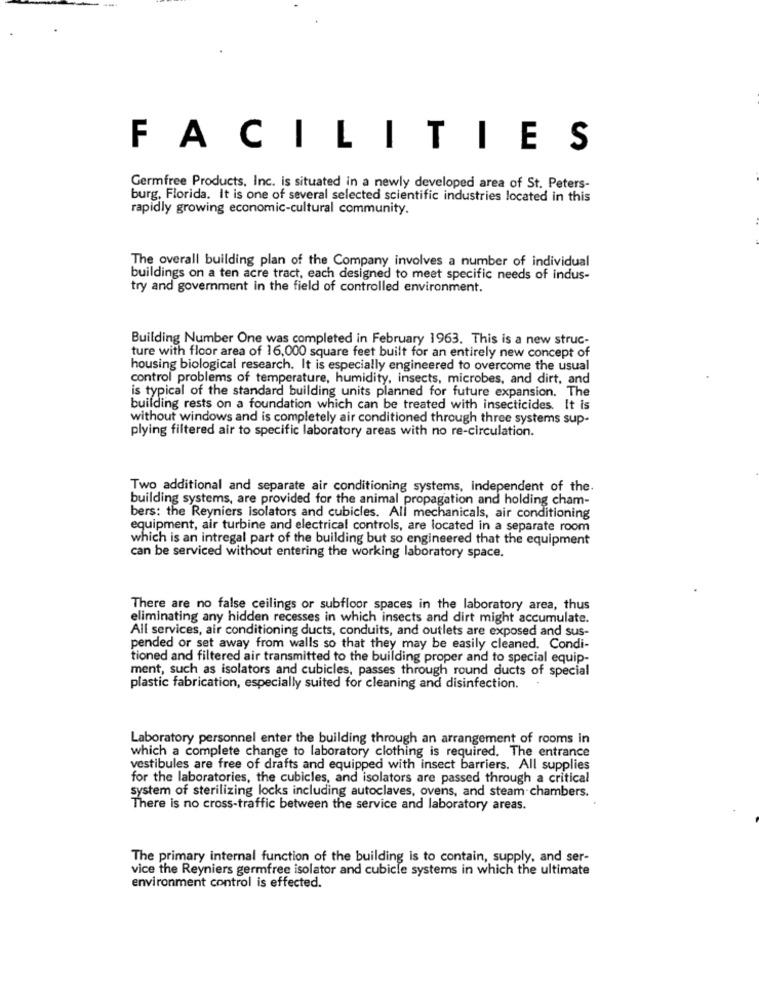
FACILITIES
Germfree Products, Inc. is situated in a newly developed area of St. Peters-
burg, Florida. It is one of several selected scientific industries located in this
rapidly growing economic-cultural community.
The overall building plan of the Company involves a number of individual
buildings on a ten acre tract, each designed to meet specific needs of indus-
try and government in the field of controlled environment.
Building Number One was completed in February 1963. This is a new struc-
ture with floor area of 16,000 square feet built for an entirely new concept of
housing biological research. It is especially engineered to overcome the usual
control problems of temperature, humidity, insects, microbes, and dirt, and
is typical of the standard building units planned for future expansion. The
building rests on a foundation which can be treated with insecticides. It is
without windows and is completely air conditioned through three systems sup-
plying filtered air to specific laboratory areas with no re-circulation.
Two additional and separate air conditioning systems, independent of the.
building systems, are provided for the animal propagation and holding cham-
bers: the Reyniers isolators and cubicles. All mechanicals, air conditioning
equipment, air turbine and electrical controls, are located in a separate room
which is an intregal part of the building but so engineered that the equipment
can be serviced without entering the working laboratory space.
There are no false ceilings or subfloor spaces in the laboratory area, thus
eliminating any hidden recesses in which insects and dirt might accumulate.
All services, air conditioning ducts, conduits, and outlets are exposed and sus-
pended or set away from walls so that they may be easily cleaned. Condi-
tioned and filtered air transmitted to the building proper and to special equip-
ment, such as isolators and cubicles, passes through round ducts of special
plastic fabrication, especially suited for cleaning and disinfection.
Laboratory personnel enter the building through an arrangement of rooms in
which a complete change to laboratory clothing is required. The entrance
vestibules are free of drafts and equipped with insect barriers. All supplies
for the laboratories, the cubicles, and isolators are passed through a critical
system of sterilizing locks including autoclaves, ovens, and steam chambers.
There is no cross-traffic between the service and laboratory areas.
The primary internal function of the building is to contain, supply, and ser-
vice the Reyniers germfree isolator and cubicle systems in which the ultimate
environment control is effected.